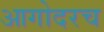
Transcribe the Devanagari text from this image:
आगोदरच